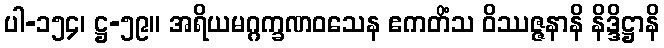
ပါ-၁၅၄၊ ဋ္ဌ-၅၉။ အရိယမဂ္ဂက္ခဏဝသေန ဧကတိံသ ဝိဿဇ္ဇနာနိ နိဒ္ဒိဋ္ဌာနိ